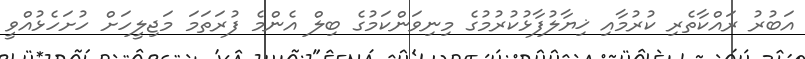
އަބުރު ރައްކާތެރި ކުރުމާއި ޚިޔާލުފާޅުކުރުމުގެ މިނިވަންކަމުގެ ބިލް އެންމެ ފުރަތަމަ މަޖިލީހަށް ހުށަހެޅުއްވީ